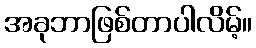
အခုဘာဖြစ်တာပါလိမ့်။